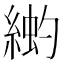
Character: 𫃳